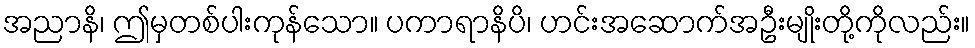
အညာနိ၊ ဤမှတစ်ပါးကုန်သော။ ပကာရာနိပိ၊ ဟင်းအဆောက်အဦးမျိုးတို့ကိုလည်း။